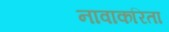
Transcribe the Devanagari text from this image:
नावाकरिता